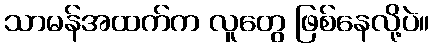
သာမန်အထက်က လူတွေ ဖြစ်နေလို့ပဲ။